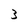
Character: 3